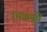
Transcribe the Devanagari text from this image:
भिक्खुंचे